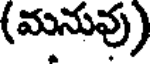
(మనువు)